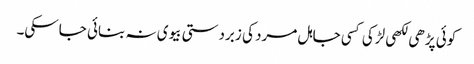
کوئی پڑھی لکھی لڑکی کسی جاہل مرد کی زبردستی بیوی نہ بنائی جاسکی۔